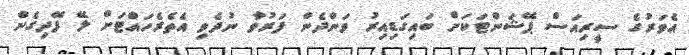
އެވަރުގެ ސީރިއަސް ޕޭޝަންޓަކަށް ބައިގަޑިއިރު ވަންދެން ފަރުވާ ނުދެވި އެތެރެހައްޓަށް ލޭ ފޭދިގެން